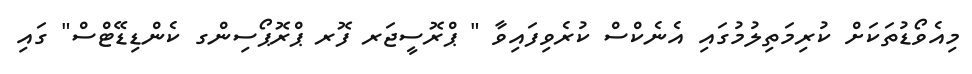
މިއެވޯޑުތަކަށް ކުރިމަތިލުމުގައި އެނެކްސް ކުރެވިފައިވާ " ޕްރޮސީޖަރ ފޮރ ޕްރޮޕޯސިންގ ކެންޑިޑޭޓްސް" ގައި